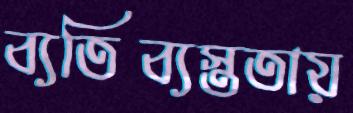
ব্যতিব্যস্ততায়